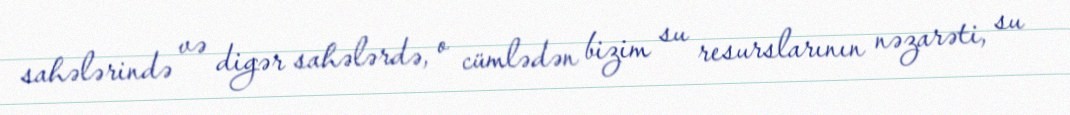
sahələrində və digər sahələrdə, o cümlədən bizim su resurslarının nəzarəti, su